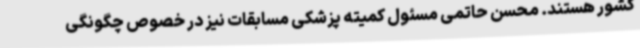
کشور هستند. محسن حاتمی مسئول کمیته پزشکی مسابقات نیز در خصوص چگونگی